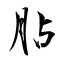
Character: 胋